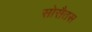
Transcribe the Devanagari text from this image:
सोसैतस